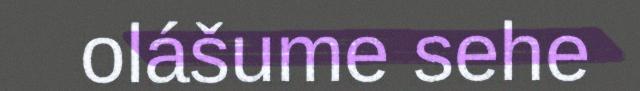
olášume sehe